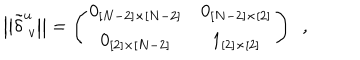
\big | \big | \tilde { \delta } _ { ~ v } ^ { u } \big | \big | = \left( \begin{matrix} { { 0 _ { [ N - 2 ] \times [ N - 2 ] } } } & { { 0 _ { [ N - 2 ] \times [ 2 ] } } } \\ { { 0 _ { [ 2 ] \times [ N - 2 ] } } } & { { 1 _ { [ 2 ] \times [ 2 ] } } } \\ \end{matrix} \right) ~ ~ ,